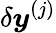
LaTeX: \delta\boldsymbol{y}^{(j)}